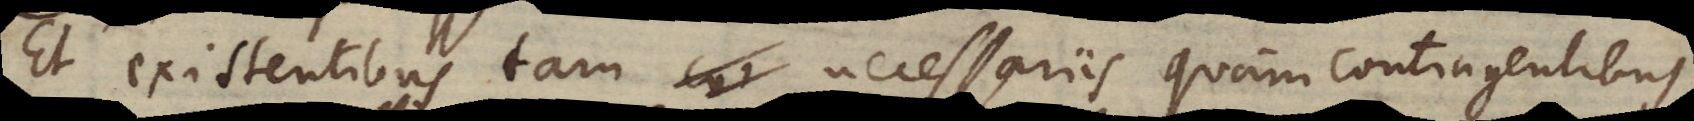
Et existentibus tam necessariis quam contingentibus